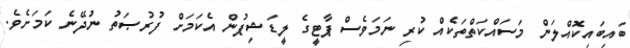
ބައިބައިކޮއްލަން މަސައްކަތްތަކެއް ކުރި ނަމަވެސް ޕާޓީގެ ލީޑަޝިޕުން އެކަމަށް ފުރުޞަތު ނުދޭނެ ކަމަށެވެ.